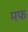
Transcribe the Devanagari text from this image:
मफ